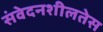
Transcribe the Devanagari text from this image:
संवेदनशीलतेस